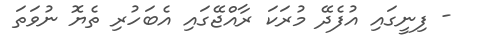
- ފިނީގައި އުފެދޭ މުރަކަ ރާއްޖޭގައި އެބަހުރި ތެޔޮ ނުވަތަ